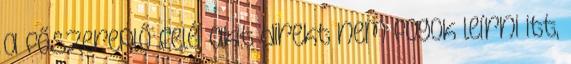
a főszereplő felé, akit direkt nem fogok leírni itt,